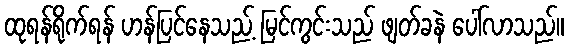
ထုရန်ရိုက်ရန် ဟန်ပြင်နေသည့် မြင်ကွင်းသည် ဖျတ်ခနဲ ပေါ်လာသည်။